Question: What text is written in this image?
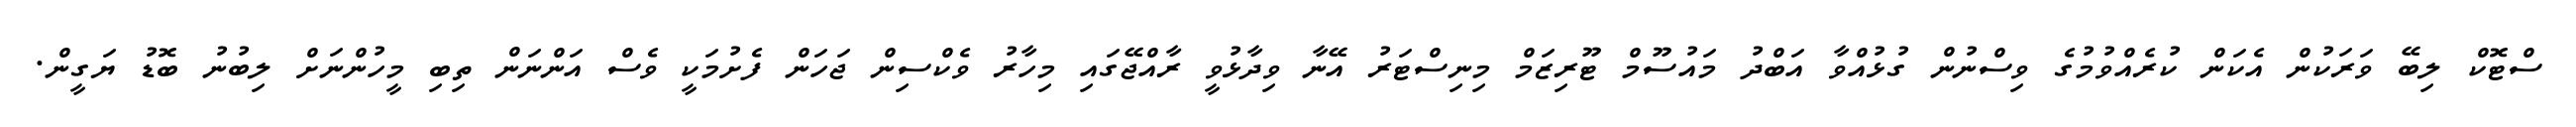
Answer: ސްޓޮކް ލިބޭ ވަރަކުން އެކަން ކުރެއްވުމުގެ ވިސްނުން ގުޅުއްވާ އަބްދު މައުސޫމް ޓޫރިޒަމް މިނިސްޓަރު އޭނާ ވިދާޅުވީ ރާއްޖޭގައި މިހާރު ވެކްސިން ޖަހަން ފެށުމަކީ ވެސް އަންނަން ތިބި މީހުންނަށް ލިބުނު ބޮޑު ޔަގީން.